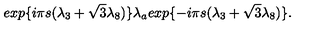
e x p \{ { i { \pi } s ( { \lambda } _ { 3 } + { \sqrt { 3 } } { \lambda } _ { 8 } ) } \} { \lambda } _ { a } e x p \{ { - i { \pi } s ( { \lambda } _ { 3 } + { \sqrt { 3 } } { \lambda } _ { 8 } ) } \} .